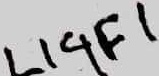
Text: LIGF1